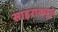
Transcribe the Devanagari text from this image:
साइराक्यूस